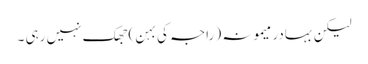
لیکن بہادر میمونہ ( راجہ کی بہن ) جھک نہیں رہی ۔